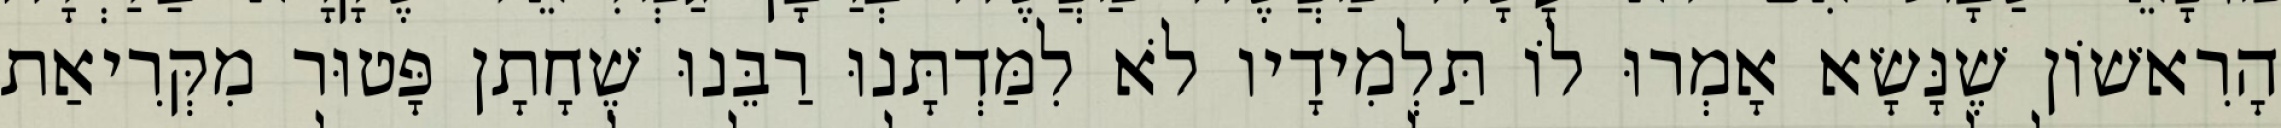
הָרִאשׁוֹן שֶׁנָּשָׂא אָמְרוּ לוֹ תַּלְמִידָיו לֹא לִמַּדְתָּנוּ רַבֵּנוּ שֶׁחָתָן פָּטוּר מִקְּרִיאַת